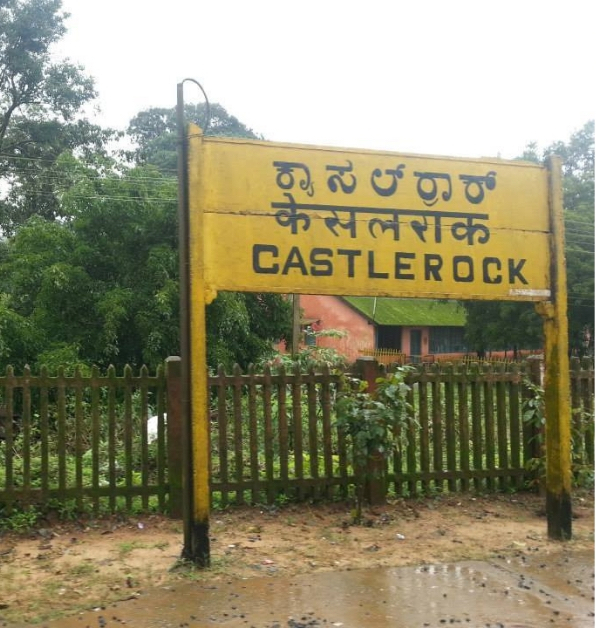
Language: kannada
Transcription: ಕ್ಯಾಸಲ್ ರ್ರಾಕ್